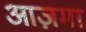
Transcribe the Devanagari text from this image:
आज़मा